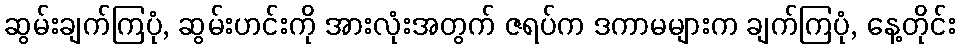
ဆွမ်းချက်ကြပုံ, ဆွမ်းဟင်းကို အားလုံးအတွက် ဇရပ်က ဒကာမများက ချက်ကြပုံ, နေ့တိုင်း